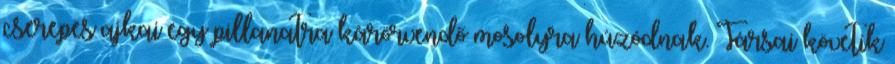
cserepes ajkai egy pillanatra kárörvendő mosolyra húzódnak. Társai követik